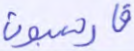
فارهبون